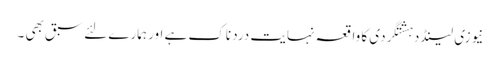
نیوزی لینڈ دہشتگردی کا واقعہ نہایت درد ناک ہے اور ہمارے لئے سبق بھی ۔